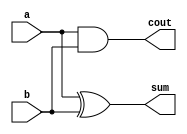
`timescale 1ns / 1ps
//////////////////////////////////////////////////////////////////////////////////
// Company: 
// Engineer: 
// 
// Design Name: 
// Module Name: half_adder1
// Project Name: 
// Target Devices: 
// Tool Versions: 
// Description: 
// 
// Dependencies: 
// 
// Revision:
// Revision 0.01 - File Created
// Additional Comments:
// 
//////////////////////////////////////////////////////////////////////////////////


module half_adder1(
    input a,
    input b,
    output sum,
    output cout
    );
    xor u1(sum, a, b);
    and u2(cout, a ,b);
endmodule